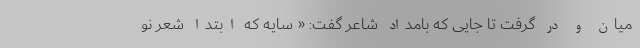
میان و در گرفت تا جایی که بامداد شاعر گفت: « سایه که ابتدا شعر نو